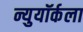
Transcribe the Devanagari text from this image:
न्युयॉर्कला